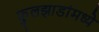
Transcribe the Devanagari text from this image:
फुलझाडांमध्ये